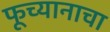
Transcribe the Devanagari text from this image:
फूच्यानाचा